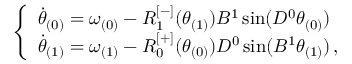
\begin{array} { r } { \left\{ \begin{array} { l l } { \Dot { \theta } _ { ( 0 ) } = \omega _ { ( 0 ) } - R _ { 1 } ^ { [ - ] } ( \theta _ { ( 1 ) } ) B ^ { 1 } \sin ( D ^ { 0 } \theta _ { ( 0 ) } ) } \\ { \Dot { \theta } _ { ( 1 ) } = \omega _ { ( 1 ) } - R _ { 0 } ^ { [ + ] } ( \theta _ { ( 0 ) } ) D ^ { 0 } \sin ( B ^ { 1 } \theta _ { ( 1 ) } ) \, , } \end{array} \right. } \end{array}